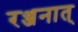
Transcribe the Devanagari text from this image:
रञ्जनात्